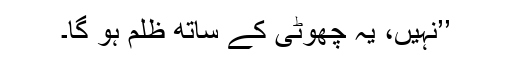
’’نہیں، یہ چھوٹی کے ساتھ ظلم ہو گا۔